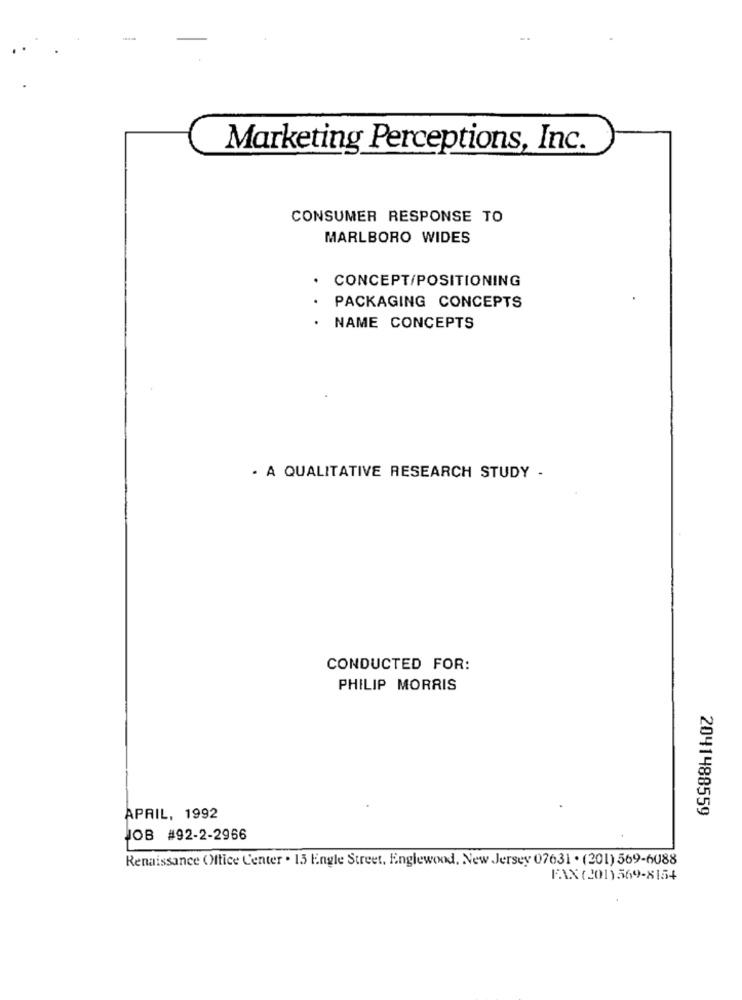
Marketing Perceptions, Inc.
CONSUMER RESPONSE TO
MARLBORO WIDES
. CONCEPT/POSITIONING
PACKAGING CONCEPTS
NAME CONCEPTS
. A QUALITATIVE RESEARCH STUDY -
CONDUCTED FOR:
PHILIP MORRIS
2041488559
APRIL, 1992
JOB #92-2-2966
Renaissance OMltice Center . 15 Engle Street, Englewood, New Jersey 07631 . (201) 569-6088
FAX (201)569-8154